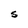
Character: S